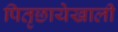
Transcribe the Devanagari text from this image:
पितृछायेखाली